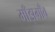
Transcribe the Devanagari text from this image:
माँझगाँव